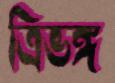
ত্রিভঙ্গ